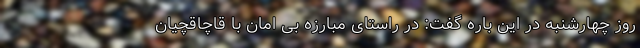
روز چهارشنبه در این باره گفت: در راستای مبارزه بی امان با قاچاقچیان